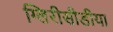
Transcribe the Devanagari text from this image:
ग्लिरीसीडीया